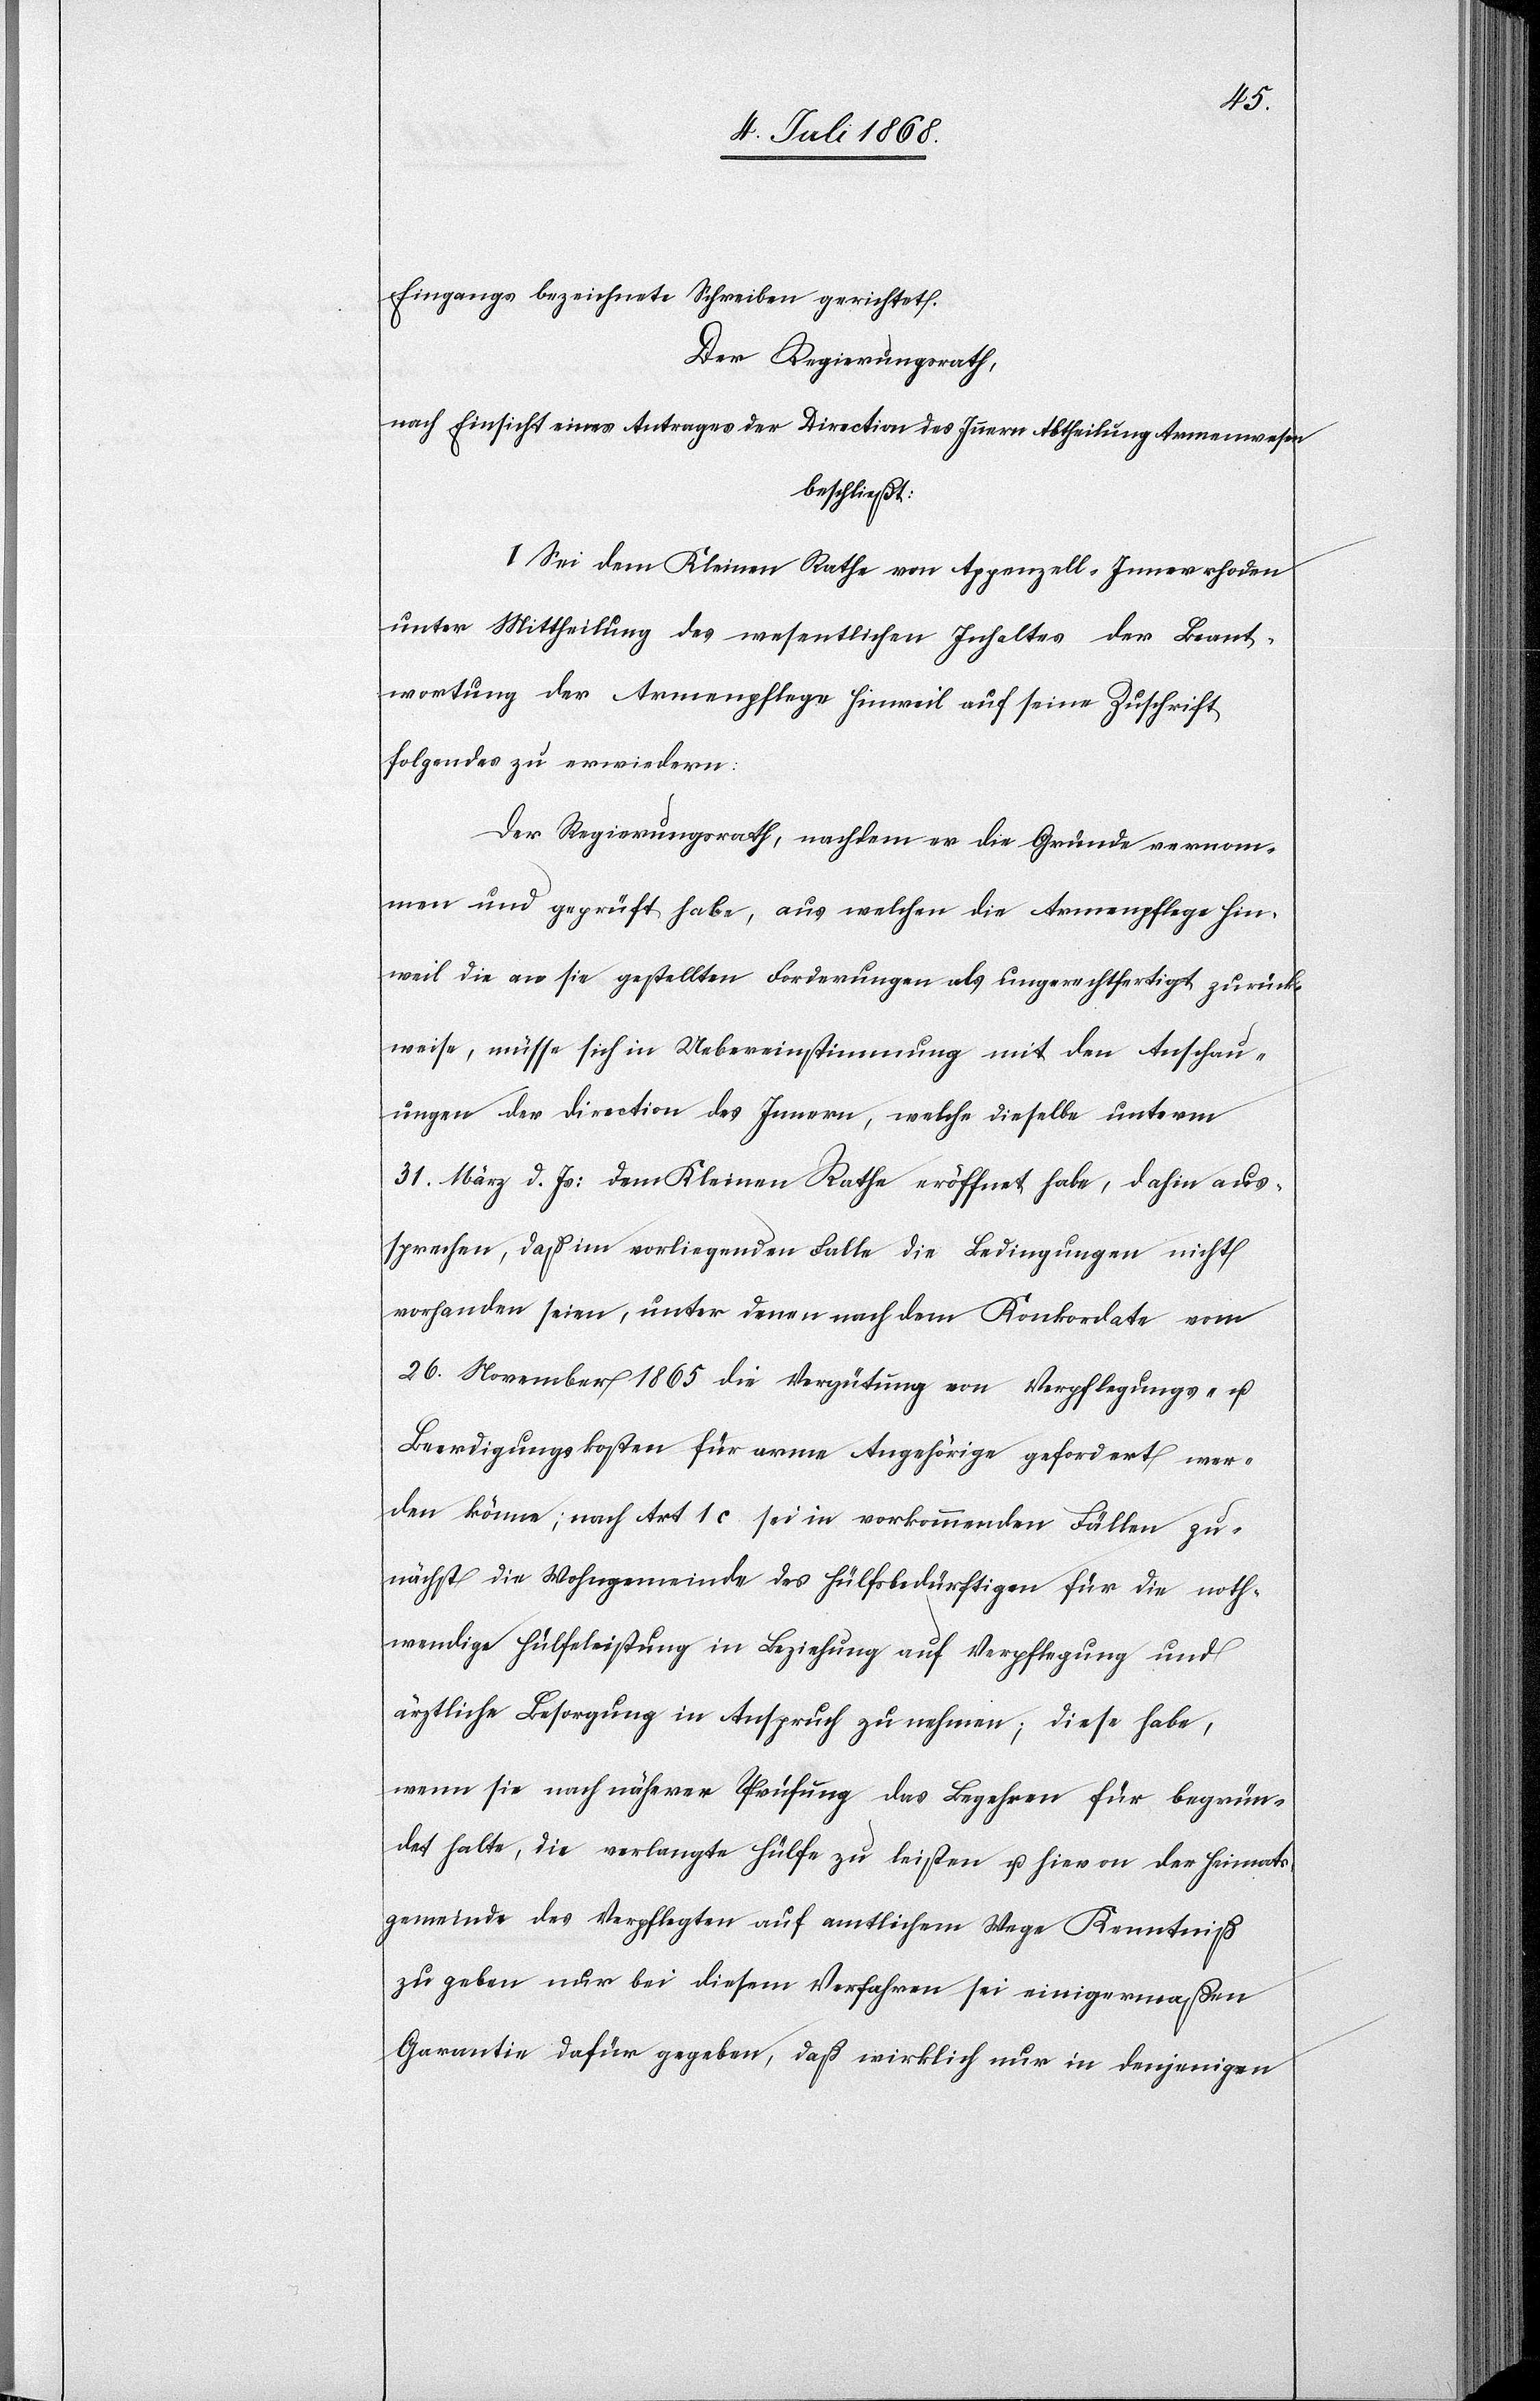
Eingangs bezeichnete Schreiben gerichtet.
Der Regierungsrath,
nach Einsicht eines Antrages der Direction des Innern Abtheilung Armenwesen
beschließt:
I. Sei dem Kleinen Rathe von Appenzell-Innerrhoden
unter Mittheilung des wesentlichen Inhaltes der Beant¬
wortung der Armenpflege Hinweil auf seine Zuschrift
folgendes zu erwiedern:
Der Regierungsrath, nachdem er die Gründe vernom¬
men und geprüft habe, aus welchen die Armenpflege Hin¬
weil die an sie gestellten Forderungen als ungerechtfertigt zurück¬
weise, müsse sich in Uebereinstimmung mit den Anschau¬
ungen der Direction des Innern, welche dieselbe unterm
31. März d. Js: dem Kleinen Rathe eröffnet habe, dahin aus¬
sprechen, daß im vorliegenden Falle die Bedingungen nicht
vorhanden seien, unter denen nach dem Konkordate vom
26. November 1865 die Vergütung von Verpflegungs- u.
Beerdigungskosten für arme Angehörige gefordert wer¬
den könne; nach Art 1 c sei in vorkommenden Fällen zu¬
nächst die Wohngemeinde des Hülfsbedürftigen für die noth¬
wendige Hülfeleistung in Beziehung auf Verpflegung und
ärztliche Besorgung in Anspruch zu nehmen; diese habe,
wenn sie nach näherer Prüfung das Begehren für begrün¬
det halte, die verlangte Hülfe zu leisten u. hievon der Heimats¬
gemeinde des Verpflegten auf amtlichem Wege Kenntniß
zu geben nur bei diesem Verfahren sei einigermaßen
Garantie dafür gegeben, daß wirklich nur in denjenigen